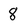
Character: 8